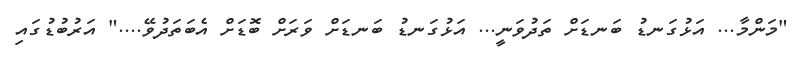
"މަންމާ... އަޅުގަނޑު ބަނޑަށް ތަދުވަނީ... އަޅުގަނޑު ބަނޑަށް ވަރަށް ބޮޑަށް އެބަތަދުވޭ...." އަރުބުޑުގައި